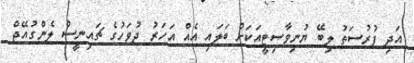
އަދި ފުރުސަތު ލިބޭ ޔުނިވާސިޓީއަކަށް ބަލައި އެއް އަހަރު ދުވަހުގެ ޗައިނީސް ލެންގުއޭޖް